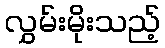
လွှမ်းမိုးသည့်